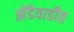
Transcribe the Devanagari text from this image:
झेंडेवाडीत